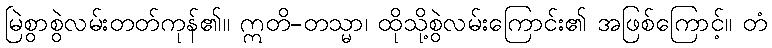
မြဲစွာစွဲလမ်းတတ်ကုန်၏။ ဣတိ-တသ္မာ၊ ထိုသို့စွဲလမ်းကြောင်း၏ အဖြစ်ကြောင့်။ တံ